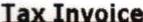
TAX INVOICE